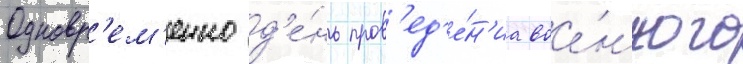
Одновр'ем'енно д'е́нь пров'ед'е́н'иа вое́нного